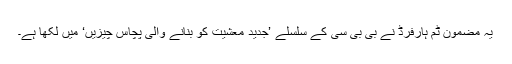
یہ مضمون ٹِم ہارفرڈ نے بی بی سی کے سلسلے ’جدید معشیت کو بنانے والی پچاس چیزیں‘ میں لکھا ہے۔